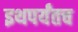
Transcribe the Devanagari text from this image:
इथपर्यंतच